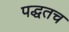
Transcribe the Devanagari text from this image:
पद्धतच